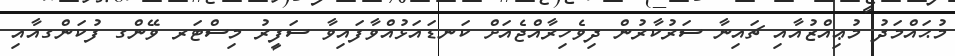
މުޙައްމަދު މުޢިއްޒުއާއި ޗައިނާ ސަރުކާރުން ދިވެހިރާއްޖެއަށް ކަނޑައަޅުއްވާފައިވާ ސަފީރު މިސްޓަރ ވޭންގ ފުކަންގއާއި